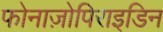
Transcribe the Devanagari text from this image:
फोनाज़ोपिराइडिन